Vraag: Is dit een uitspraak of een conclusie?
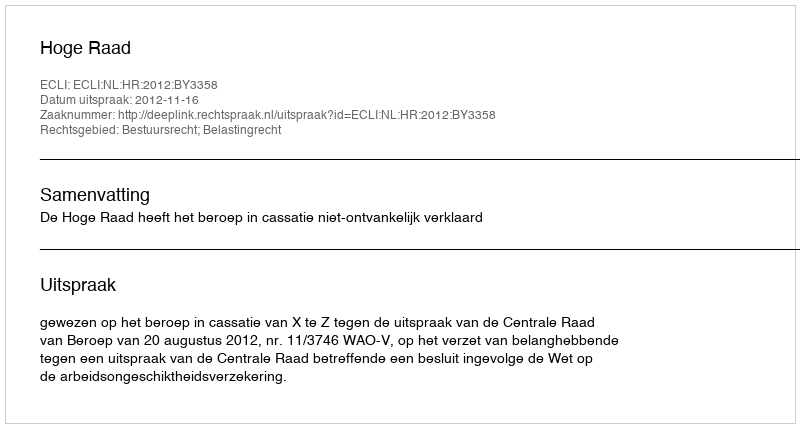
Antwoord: Uitspraak